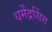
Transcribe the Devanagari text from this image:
धर्मेंद्रसिंग